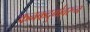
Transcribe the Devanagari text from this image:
कनकदुर्गावरून